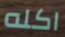
اكله